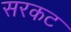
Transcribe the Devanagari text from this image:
सरकट